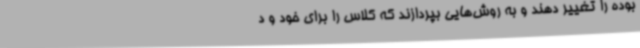
بوده را تغییر دهند و به روش‌هایی بپردازند که کلاس را برای خود و د